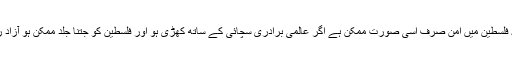
اور میں کہتا ہوں کہ فلسطین میں امن صرف اسی صورت ممکن ہے اگر عالمی برادری سچائی کے ساتھ کھڑی ہو اور فلسطین کو جتنا جلد ممکن ہو آزاد ریاست تسلیم کر لے۔